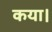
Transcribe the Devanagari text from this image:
कया।